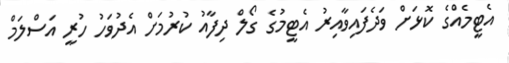
އެޓީމެއްގެ ކޮޅަށް ވަދެފައިވާއިރު އެޓީމުގެ ގޯލް ދިފާއު ކުރުމަށް އެދުވަހު ހުރީ އަސްލަމް